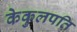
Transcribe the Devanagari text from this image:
केकुलपति